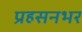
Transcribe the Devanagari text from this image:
प्रहसनभर